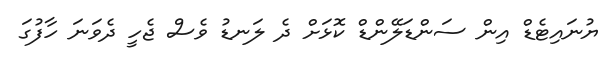
ޔުނައިޓެޑް އިން ސަންޑަލޭންޑް ކޮޅަށް ދެ ލަނޑު ވެސް ޖެހީ ދެވަނަ ހާފުގަ